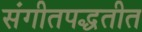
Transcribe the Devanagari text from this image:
संगीतपद्धतीत